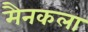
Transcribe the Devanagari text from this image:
मैनकला